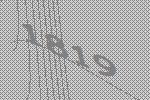
1819